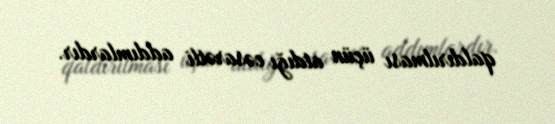
qaldırılması üçün atdığı cəsarətli addımlardır.